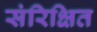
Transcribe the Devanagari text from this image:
संरिक्षित